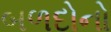
બળદોનો